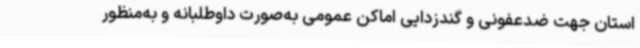
استان جهت ضدعفونی و گندزدایی اماکن عمومی به‌صورت داوطلبانه و به‌منظور